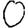
Digit: 0